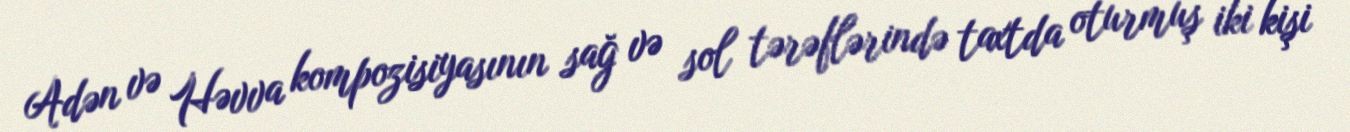
Adən və Həvva kompozisiyasının sağ və sol tərəflərində taxtda oturmuş iki kişi